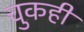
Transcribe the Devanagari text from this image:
चुकही